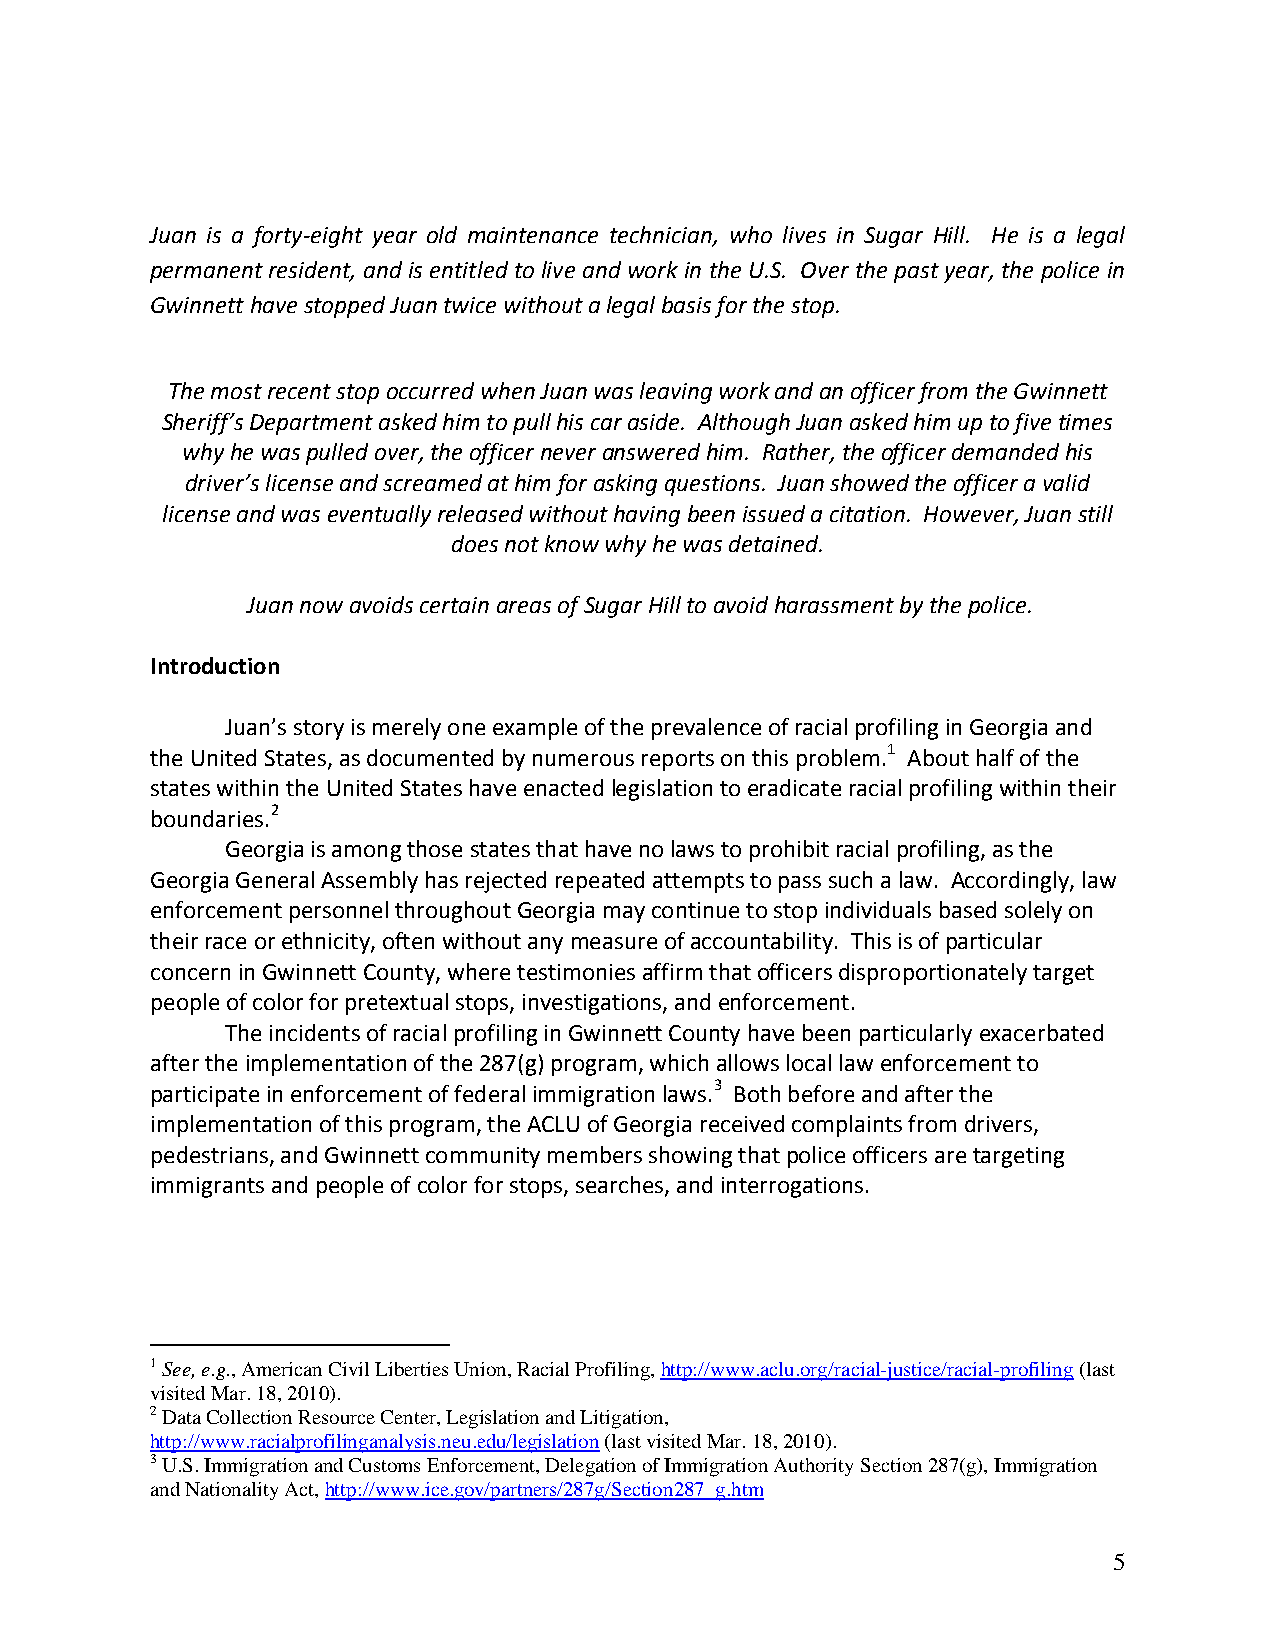
Juan is a forty‐eight year old maintenance technician, who lives in Sugar Hill. He is a legal
 permanent resident, and is entitled to live and work in the U.S. Over the past year, the police in
 Gwinnett have stopped Juan twice without a legal basis for the stop.
 The most recent stop occurred when Juan was leaving work and an officer from the Gwinnett
 Sheriff’s Department asked him to pull his car aside. Although Juan asked him up to five times
 why he was pulled over, the officer never answered him. Rather, the officer demanded his
 driver’s license and screamed at him for asking questions. Juan showed the officer a valid
 license and was eventually released without having been issued a citation. However, Juan still
 does not know why he was detained.
 Juan now avoids certain areas of Sugar Hill to avoid harassment by the police.
 Introduction
 Juan’s story is merely one example of the prevalence of racial profiling in Georgia and
 the United States, as documented by numerous reports on this problem.1 About half of the
 states within the United States have enacted legislation to eradicate racial profiling within their
 boundaries.2
 Georgia is among those states that have no laws to prohibit racial profiling, as the
 Georgia General Assembly has rejected repeated attempts to pass such a law. Accordingly, law
 enforcement personnel throughout Georgia may continue to stop individuals based solely on
 their race or ethnicity, often without any measure of accountability. This is of particular
 concern in Gwinnett County, where testimonies affirm that officers disproportionately target
 people of color for pretextual stops, investigations, and enforcement.
 The incidents of racial profiling in Gwinnett County have been particularly exacerbated
 after the implementation of the 287(g) program, which allows local law enforcement to
 participate in enforcement of federal immigration laws.3 Both before and after the
 implementation of this program, the ACLU of Georgia received complaints from drivers,
 pedestrians, and Gwinnett community members showing that police officers are targeting
 immigrants and people of color for stops, searches, and interrogations.
 1 See, e.g., American Civil Liberties Union, Racial Profiling, http://www.aclu.org/racial-justice/racial-profiling (last
 visited Mar. 18, 2010).
 2 Data Collection Resource Center, Legislation and Litigation,
 http://www.racialprofilinganalysis.neu.edu/legislation (last visited Mar. 18, 2010).
 3 U.S. Immigration and Customs Enforcement, Delegation of Immigration Authority Section 287(g), Immigration
 and Nationality Act, http://www.ice.gov/partners/287g/Section287_g.htm
 5